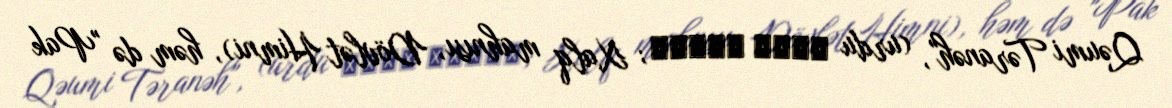
Qəumi Təranəh", (urdu قومی ترانہ; Xalq mahnısı, Dövlət Himni), həm də "Pak